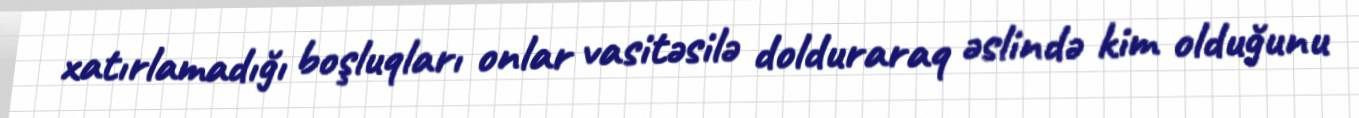
xatırlamadığı boşluqları onlar vasitəsilə dolduraraq əslində kim olduğunu